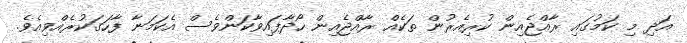
އަދި މި ކަމުގައި ރާއްޖެއިން ކުރިއެރުން ތަކެއް ރާއްޖެއިން ހޯދާފައިވާކަންވެސް އެކަމަނާ ފާހަގަކުރެއްވިއެވެ.